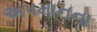
અપમાનના